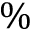
\%